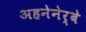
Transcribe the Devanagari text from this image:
अहनेनेर्बे